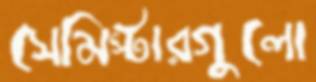
সেমিস্টারগুলো